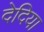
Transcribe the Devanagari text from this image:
देदिया